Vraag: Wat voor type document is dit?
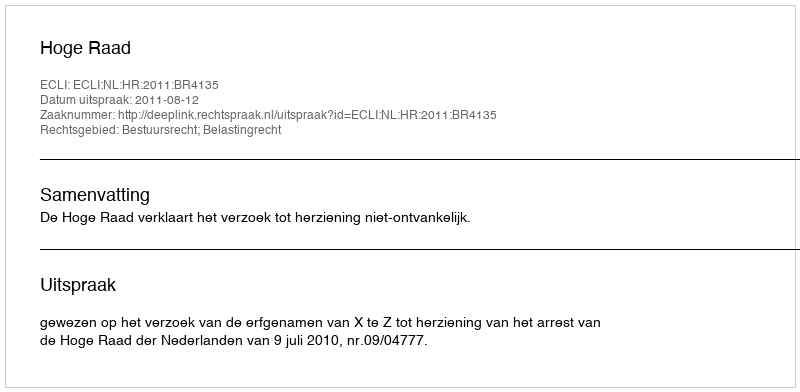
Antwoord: Uitspraak